system: You are a helpful assistant.
user:
Analyze the provided spectrum to determine if it is a **White Dwarf (WD)**.

A White Dwarf spectrum is defined by its **extreme purity** (due to gravitational settling) and/or **extreme pressure broadening** (due to high surface gravity). You must check for one of the following mutually exclusive signatures:

- **Key Visual Indicators (Check for ONE of these types):**

    - **1. DA-Type Signature (Most Common):**
        - **(Primary Feature):** Extreme pressure broadening (Stark broadening) of the **Hydrogen (H) Balmer lines**.
        - **(Key Lines):** $H\beta$ (approx. $4861$ Å) and $H\gamma$ (approx. $4340$ Å). $H\alpha$ (approx. $6563$ Å) will also be present if the wavelength range covers it.
        - **(Line Profile):** This is the **defining feature**. The lines are **NOT** sharp. They appear as massive, **extremely broad and deep "troughs" or "dips"** in the spectrum, often hundreds of Ångströms wide. The continuum will appear to "scoop" down at these wavelengths.
        - **(Distinction):** Normal A-type or B-type stars have *narrow* and *sharp* Hydrogen lines. A DA White Dwarf's lines are unmistakably "smeared" or "blurry" from pressure.

    - **2. DB-Type Signature:**
        - **(Primary Feature):** Broad absorption lines from **Neutral Helium (He I)**. The spectrum must lack any visible Hydrogen lines.
        - **(Key Lines):** Look for broad absorption near $4471$ Å, $4921$ Å, and $5876$ Å.
        - **(Line Profile):** These lines are also significantly pressure-broadened, appearing much wider than they would in a normal B-type main-sequence star.

    - **3. DC-Type Signature:**
        - **(Primary Feature):** A **featureless continuous spectrum**.
        - **(Line Profile):** The spectrum is a smooth curve with **no significant absorption or emission lines**.
        - **(Key Confirmation):** The continuum is almost always **blue or white**, indicating a hot object. This signature implies the atmosphere is so pure (or so cool) that no spectral lines are visible in the optical range. Its WD identity is confirmed by its extremely low intrinsic brightness (high absolute magnitude).

    - **4. DZ-Type Signature (Metal-Polluted):**
        - **(Primary Feature):** **Isolated, narrow metal absorption lines** on an otherwise featureless (DC-like) continuum.
        - **(Key Lines):** The **Calcium (Ca II) H & K doublet** (approx. **$3934$ Å** and **$3968$ Å**) is the most common and defining feature.
        - **(Line Profile):** These lines are "out of place." They are *not* part of a "forest" of thousands of lines. This signature is evidence of recent *accretion* (pollution) from rocky debris.
        - **(Distinction):** Normal G/K/M stars have a *dense forest* of thousands of metal lines. A DZ has a *clean* continuum with *only a few* strong metal lines.

    - **5. DQ-Type Signature (Carbon-Polluted):**
        - **(Primary Feature):** Absorption bands from **Carbon (C₂ "Swan Bands" or atomic C I)**.
        - **(Key Lines - C₂):** Look for bandheads with a "saw-tooth" shape near $5635$ Å, **$5165$ Å** (strongest), and $4737$ Å.
        - **(Key Confirmation):** The underlying **continuum must be blue or white** (hot).
        - **(Distinction):** This is the critical difference from a **Carbon Star**, which has the *exact same* C₂ bands but on an extremely **red, cool** continuum.

- **(Overall Spectrum):**
    - The continuum (overall shape) is typically **blue-sloping** (brighter in the blue than the red), as most white dwarfs are very hot.
    - The spectrum will look "pure" or "simple," dominated by only *one* of the five signatures listed above.

Think first, call **spectral_visualization_tool** if needed to examine features in detail, then provide your final answer. Your response must adhere to the following strict rules:
1.  **Overall Structure:** Your response must follow the format `<think>...</think> <tool_call>...</tool_call> (if a tool is used) <answer>...</answer>`.
2.  **Tool Usage Constraint:** You may only make **one** tool call per turn.
3.  **Final Answer Format:** In the `<answer>` tag, your conclusion must be inside a `\boxed{}` command (e.g., `\boxed{YES}` or `\boxed{NO}`), followed by your justification.

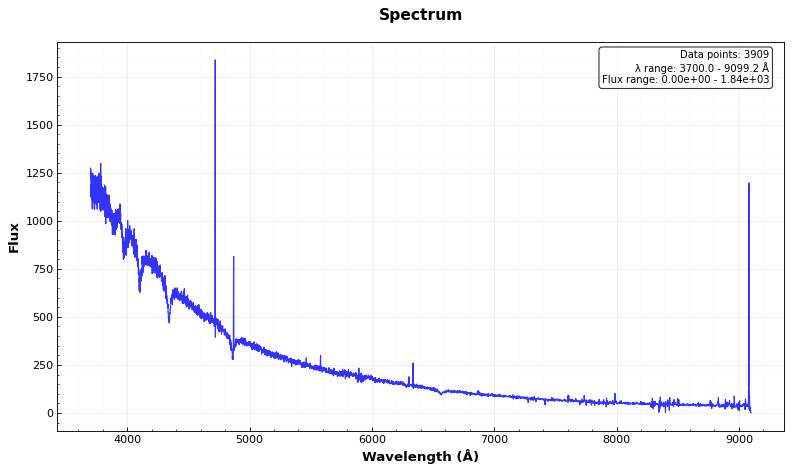
Answer: YES